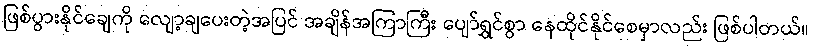
ဖြစ်ပွားနိုင်ချေကို လျော့ချပေးတဲ့အပြင် အချိန်အကြာကြီး ပျော်ရွှင်စွာ နေထိုင်နိုင်စေမှာလည်း ဖြစ်ပါတယ်။